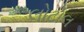
લોટોલ